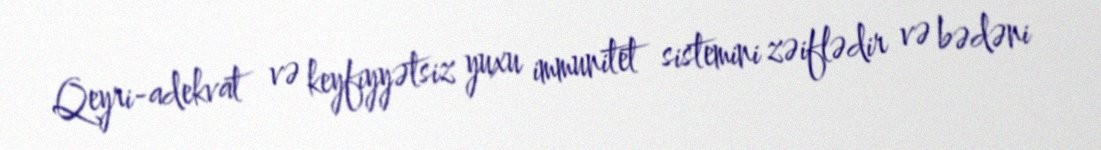
Qeyri-adekvat və keyfiyyətsiz yuxu immunitet sistemini zəiflədir və bədəni